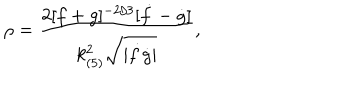
\rho = \frac { 2 [ f + g ] ^ { - 2 / 3 } [ \dot { f } - \dot { g } ] } { k _ { ( 5 ) } ^ { 2 } \sqrt { | \dot { f } \dot { g } | } } ,